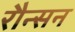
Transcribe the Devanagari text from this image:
रौन्सन